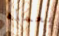
بعمله